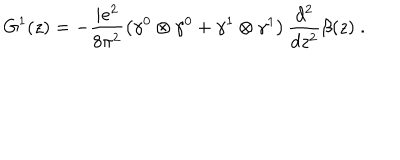
G ^ { 1 } ( z ) = - \frac { i e ^ { 2 } } { 8 \pi ^ { 2 } } \left( \gamma ^ { 0 } \otimes \gamma ^ { 0 } + \gamma ^ { 1 } \otimes \gamma ^ { 1 } \right) \frac { d ^ { 2 } } { d z ^ { 2 } } \beta ( z ) \; .